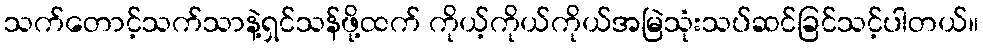
သက်တောင့်သက်သာနဲ့ရှင်သန်ဖို့ထက် ကိုယ့်ကိုယ်ကိုယ်အမြဲသုံးသပ်ဆင်ခြင်သင့်ပါတယ်။